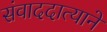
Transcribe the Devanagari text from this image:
संवाददात्याने